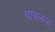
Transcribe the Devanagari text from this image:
थाइलवा